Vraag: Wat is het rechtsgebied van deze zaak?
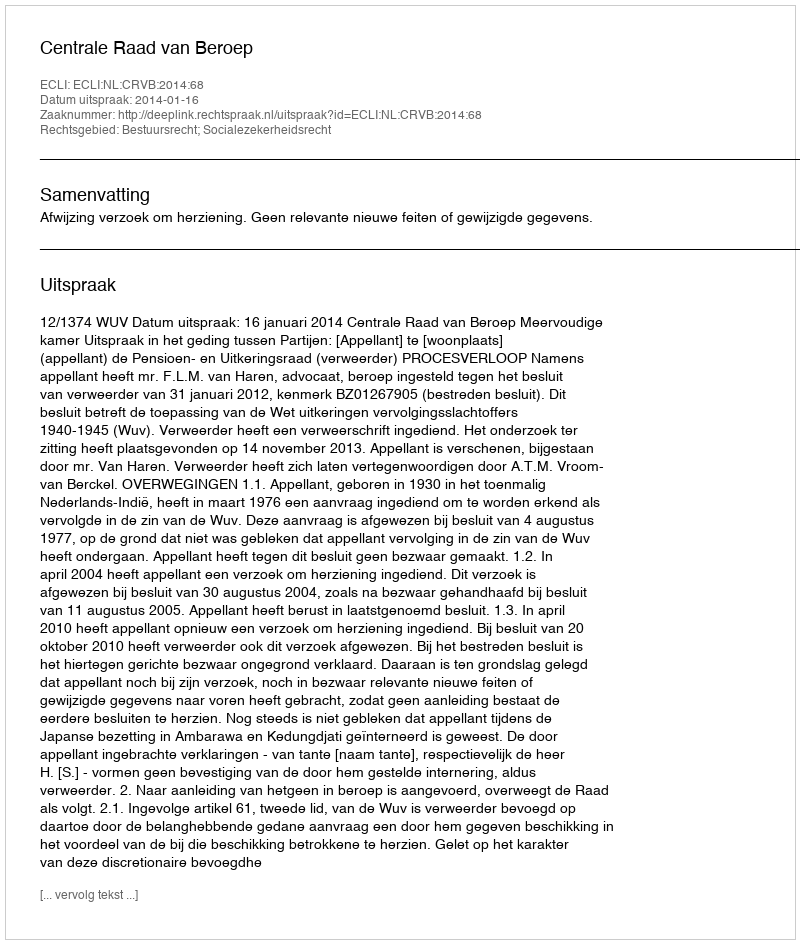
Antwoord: Bestuursrecht; Socialezekerheidsrecht